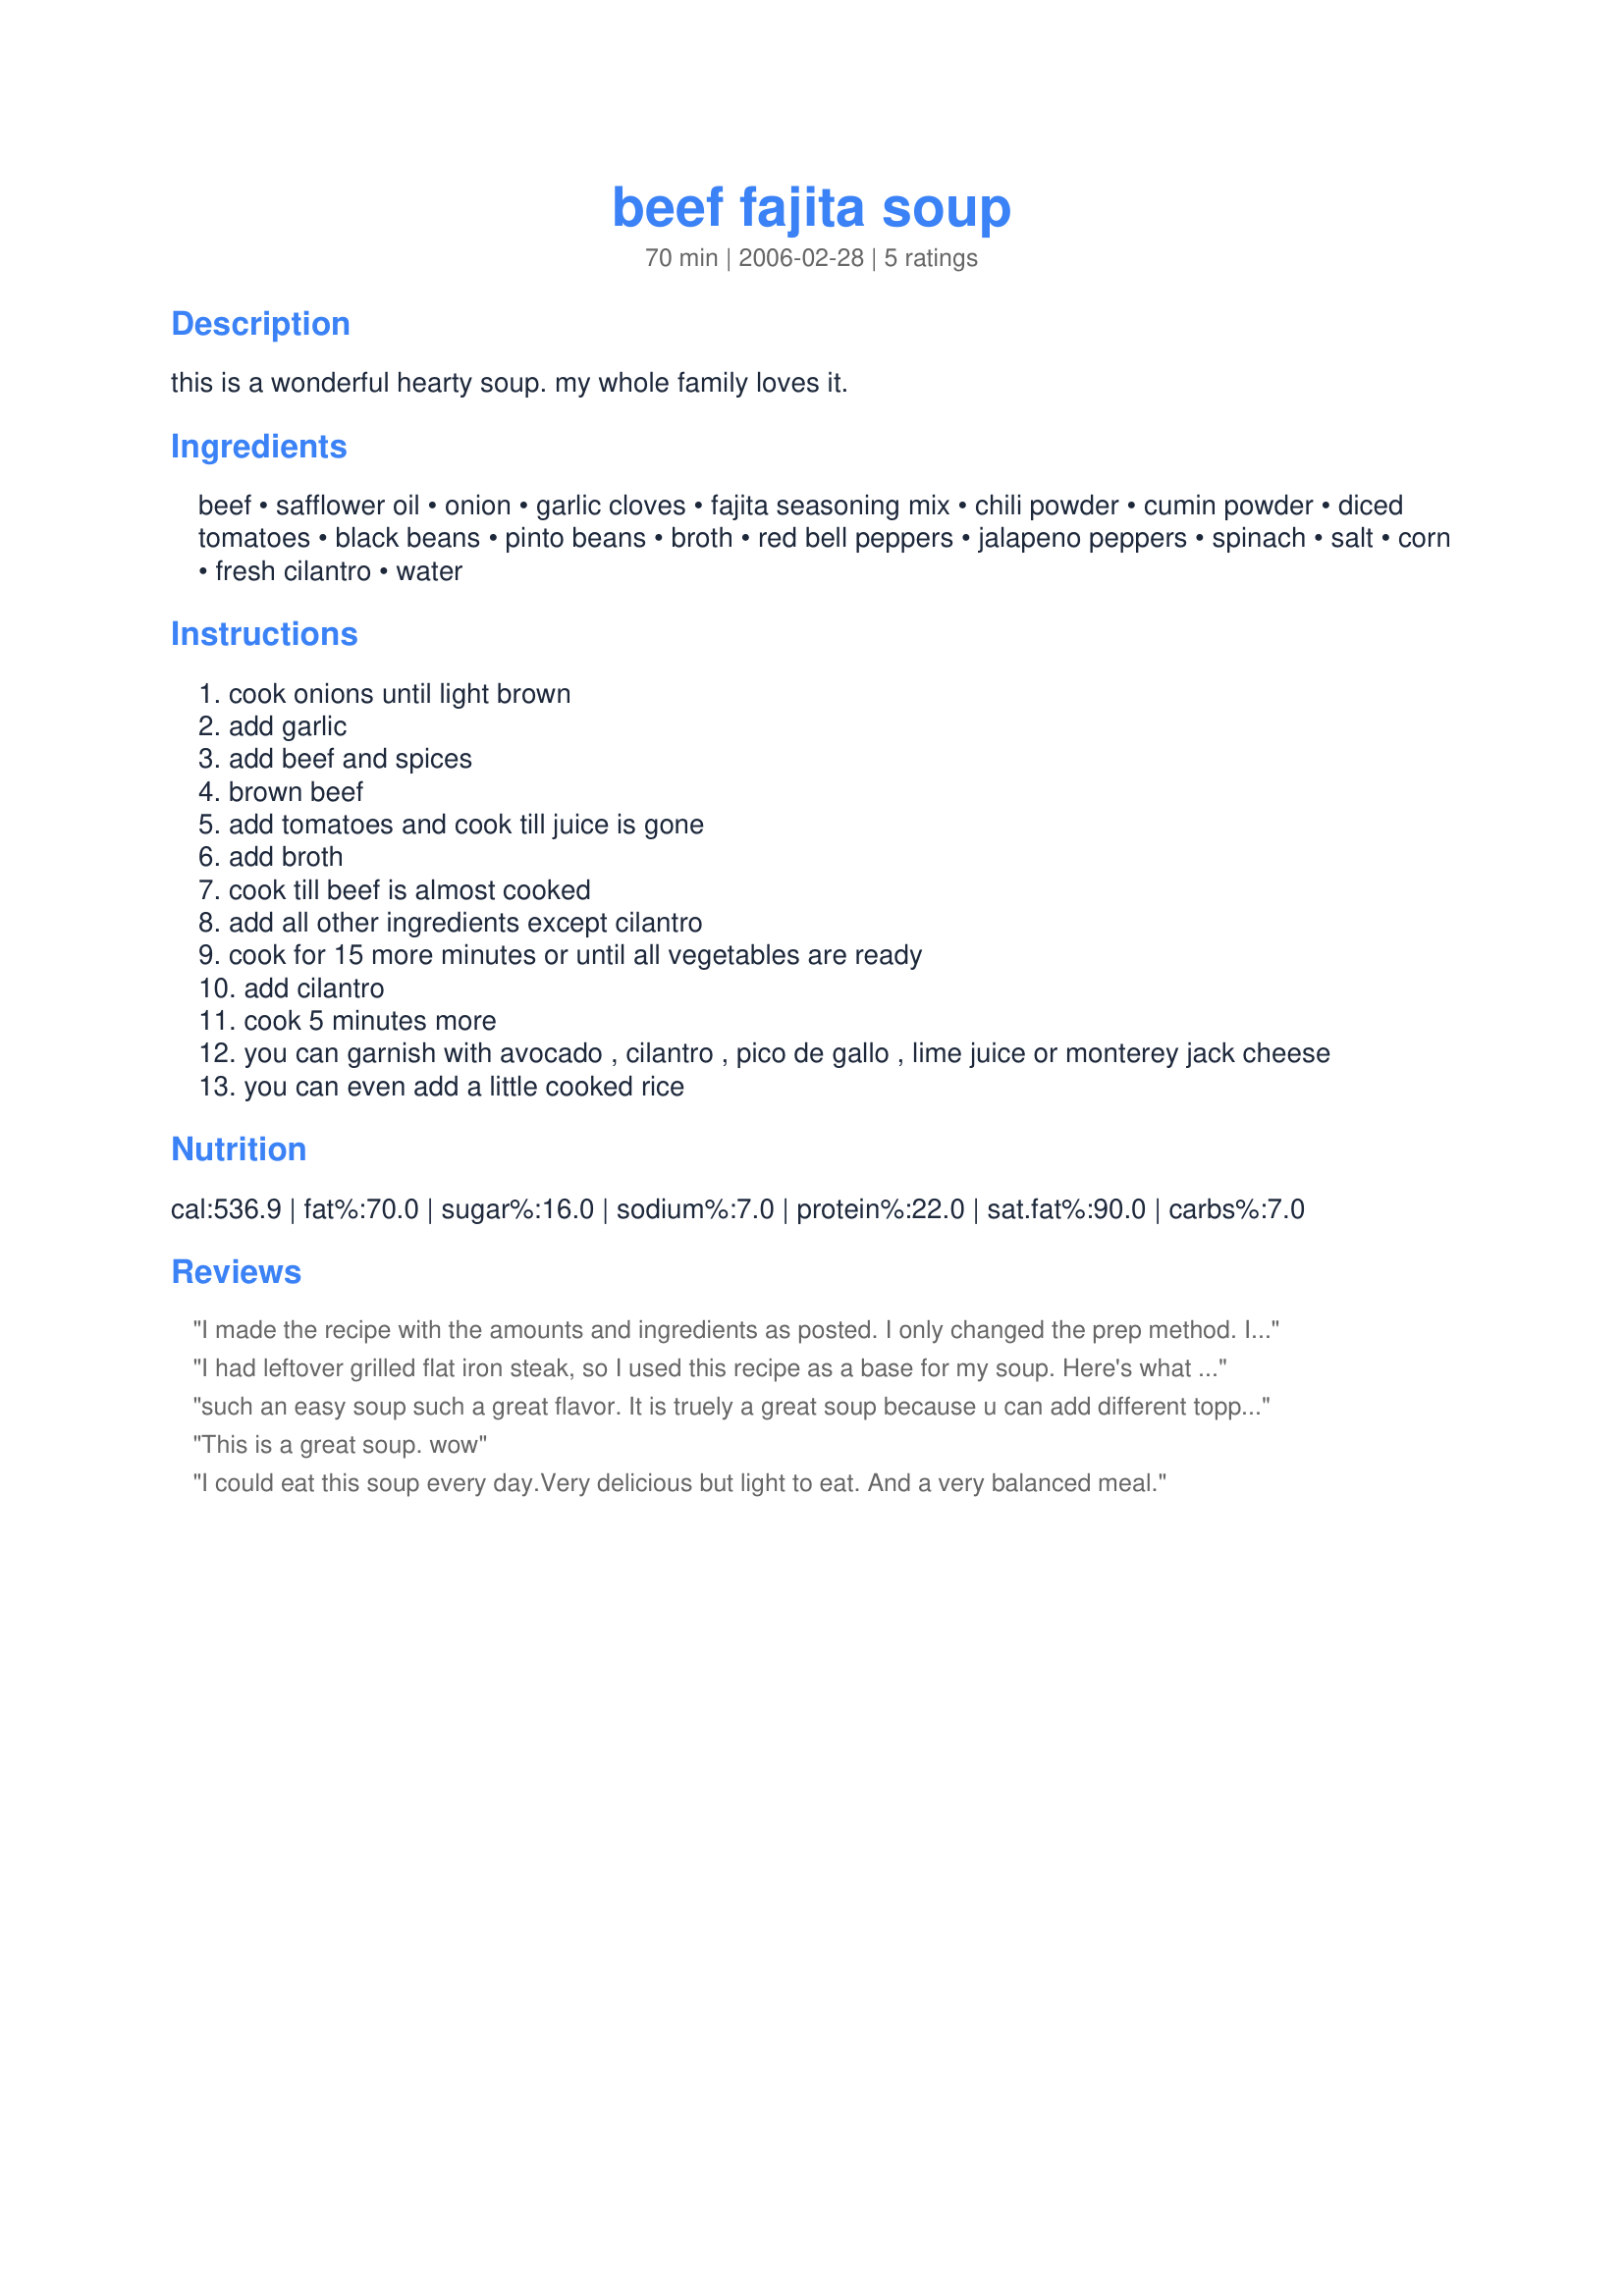
beef fajita soup
Preparation time: 70 minutes

this is a wonderful hearty soup. my whole family loves it.

Ingredients:
beef, safflower oil, onion, garlic cloves, fajita seasoning mix, chili powder, cumin powder, diced tomatoes, black beans, pinto beans, broth, red bell peppers, jalapeno peppers, spinach, salt, corn, fresh cilantro, water

Steps:
cook onions until light brown
add garlic
add beef and spices
brown beef
add tomatoes and cook till juice is gone
add broth
cook till beef is almost cooked
add all other ingredients except cilantro
cook for 15 more minutes or until all vegetables are ready
add cilantro
cook 5 minutes more
you can garnish with avocado , cilantro , pico de gallo , lime juice or monterey jack cheese
you can even add a little cooked rice

Reviews:
I made the recipe with the amounts and ingredients as posted. I only changed the prep method. I browned the beef, onion and garlic until done. Then I added all the other ingredients and put it in my 12 quart Nesco (I doubled the batch) and let it cook for 4 hours. The double batch made at least 10 quarts of soup. It was SOOOOOO GOOD. I will definately make this one again. Thank you for sharing your recipe. I also submitted 2 photo's.
I had leftover grilled flat iron steak, so I used this recipe as a base for my soup. Here's what I did. My meat was already cooked, so I browned the pepper (I used Green & red) & onion. I added the garlic (used granuales) I then added the tomatoes, chili powder, & cumin. I left out the fajita seasoning because my meat was already grilled with a smokey grill spice. I added beef broth and I used a frozen corn & black bean fiesta mix. I left out the pintos, spinach, and jalapenos. Everyone loved it.
such an easy soup such a great flavor. It is truely a great soup because u can add different toppings to make it ur own. LOVE it.
This is a great soup. wow
I could eat this soup every day.Very delicious but light to eat.
And a very balanced meal.
